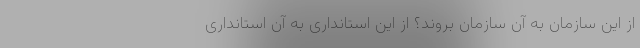
از این سازمان به آن سازمان بروند؟ از این استانداری به آن استانداری